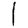
Digit: 1